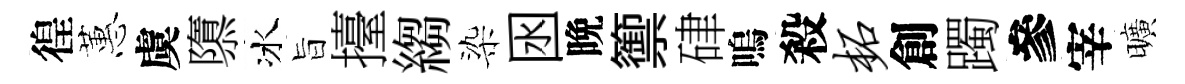
徨蕙虞隳冰旨擡縐染囦晩籞硉嗚殺柘創躅參宰曠